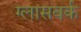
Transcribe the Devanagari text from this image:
ग्लासवर्क